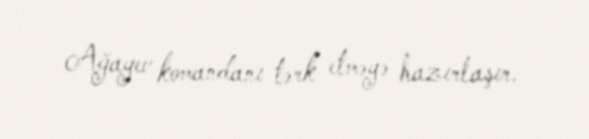
Ağayev komandanı tərk etməyə hazırlaşır.